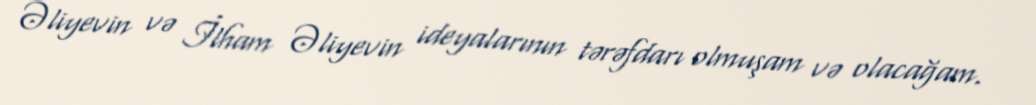
Əliyevin və İlham Əliyevin ideyalarının tərəfdarı olmuşam və olacağam.